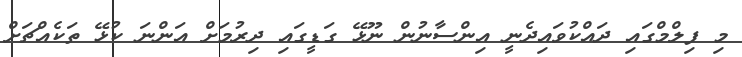
މި ފިލްމްގައި ދައްކުވައިދެނީ އިންސާނުން ނޫޅޭ ގަޑީގައި ދިރުމަށް އަންނަ ކުޅޭ ތަކެއްޗަށް